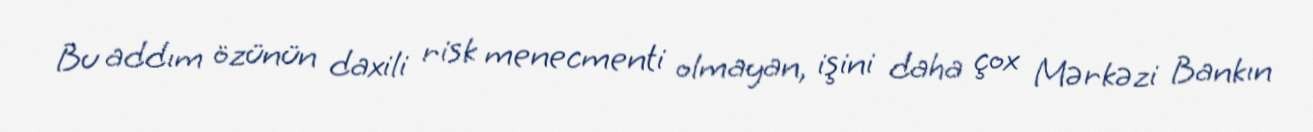
Bu addım özünün daxili risk menecmenti olmayan, işini daha çox Mərkəzi Bankın